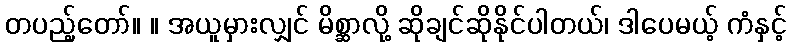
တပည့်တော်။ ။ အယူမှားလျှင် မိစ္ဆာလို့ ဆိုချင်ဆိုနိုင်ပါတယ်၊ ဒါပေမယ့် ကံနှင့်